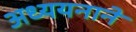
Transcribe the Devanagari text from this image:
अध्ययनाने